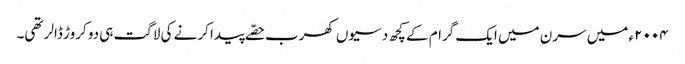
٢٠٠٤ء میں سرن میں ایک گرام کے کچھ دسیوں کھرب حصّے پیدا کرنے کی لاگت ہی دو کروڑ ڈالر تھی۔